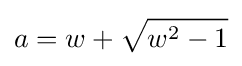
a=w+{\sqrt {w^{2}-1}}